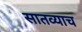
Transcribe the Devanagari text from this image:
सातव्याच